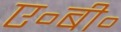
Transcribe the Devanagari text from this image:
ए॰बी॰